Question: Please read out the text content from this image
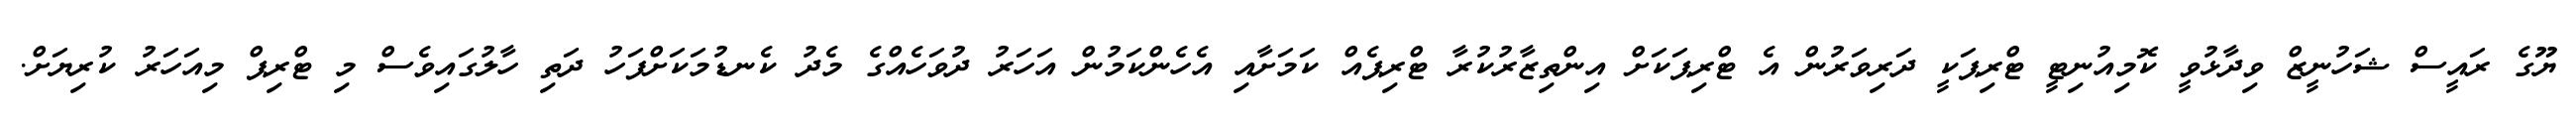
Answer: ޔޫގެ ރައީސް ޝަހުނީޒް ވިދާޅުވީ ކޮމިއުނިޓީ ޓްރިޕަކީ ދަރިވަރުން އެ ޓްރިޕަކަށް އިންތިޒާރުކުރާ ޓްރިޕެއް ކަމަށާއި އެހެންކަމުން އަހަރު ދުވަހެއްގެ މެދު ކެނޑުމަކަށްފަހު ދަތި ހާލުގައިވެސް މި ޓްރިޕް މިއަހަރު ކުރިޔަށް.